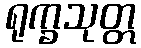
ရုက္ခသုတ္တ